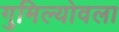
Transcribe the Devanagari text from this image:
गुमिल्योवला